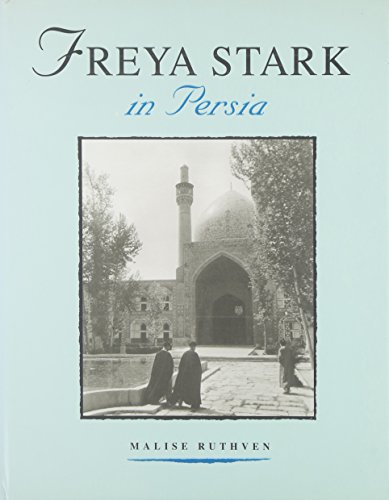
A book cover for Freya Stark in Persia; Malise Ruthven; Travel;